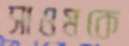
সাওমকে